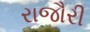
રાજૌરી